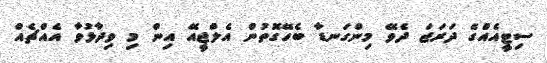
ސިޓީއެއްގެ ދަރަޖަ ދެވޭ މިންގަނޑާ ބެހޭގޮތުން އެލްޖީއޭ އިން މި ވިދާޅުވާ އެއްޗެއް